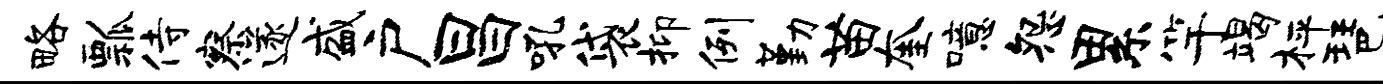
略瓢侍察遂盛户昌吼袋抑例勤苗奎噫怨累竽竭枰琶